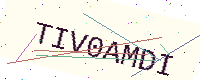
Text: TIV0AMDI